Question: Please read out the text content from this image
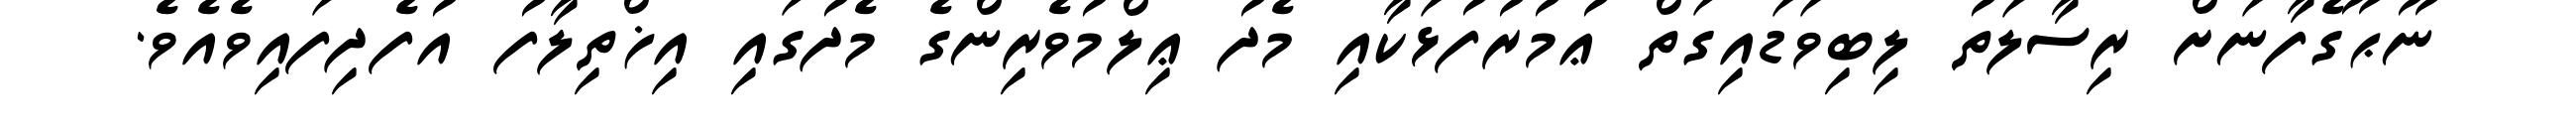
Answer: ނޫޙޫގެފާނަށް ރިސާލަތު ލިބިވަޑައިގަތް ޢުމުރުފުޅަކާއި މެދު ޢިލްމުވެރިންގެ މެދުގައި އިޚްތިލާފު އުފެދިފައިވެއެވެ.